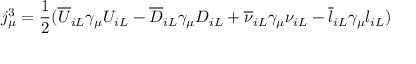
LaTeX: j _ { \mu } ^ { 3 } = { \frac { 1 } { 2 } } ( { \overline { { U } } } _ { i L } \gamma _ { \mu } U _ { i L } - { \overline { { D } } } _ { i L } \gamma _ { \mu } D _ { i L } + { \overline { { \nu } } } _ { i L } \gamma _ { \mu } \nu _ { i L } - { \overline { { l } } } _ { i L } \gamma _ { \mu } l _ { i L } )